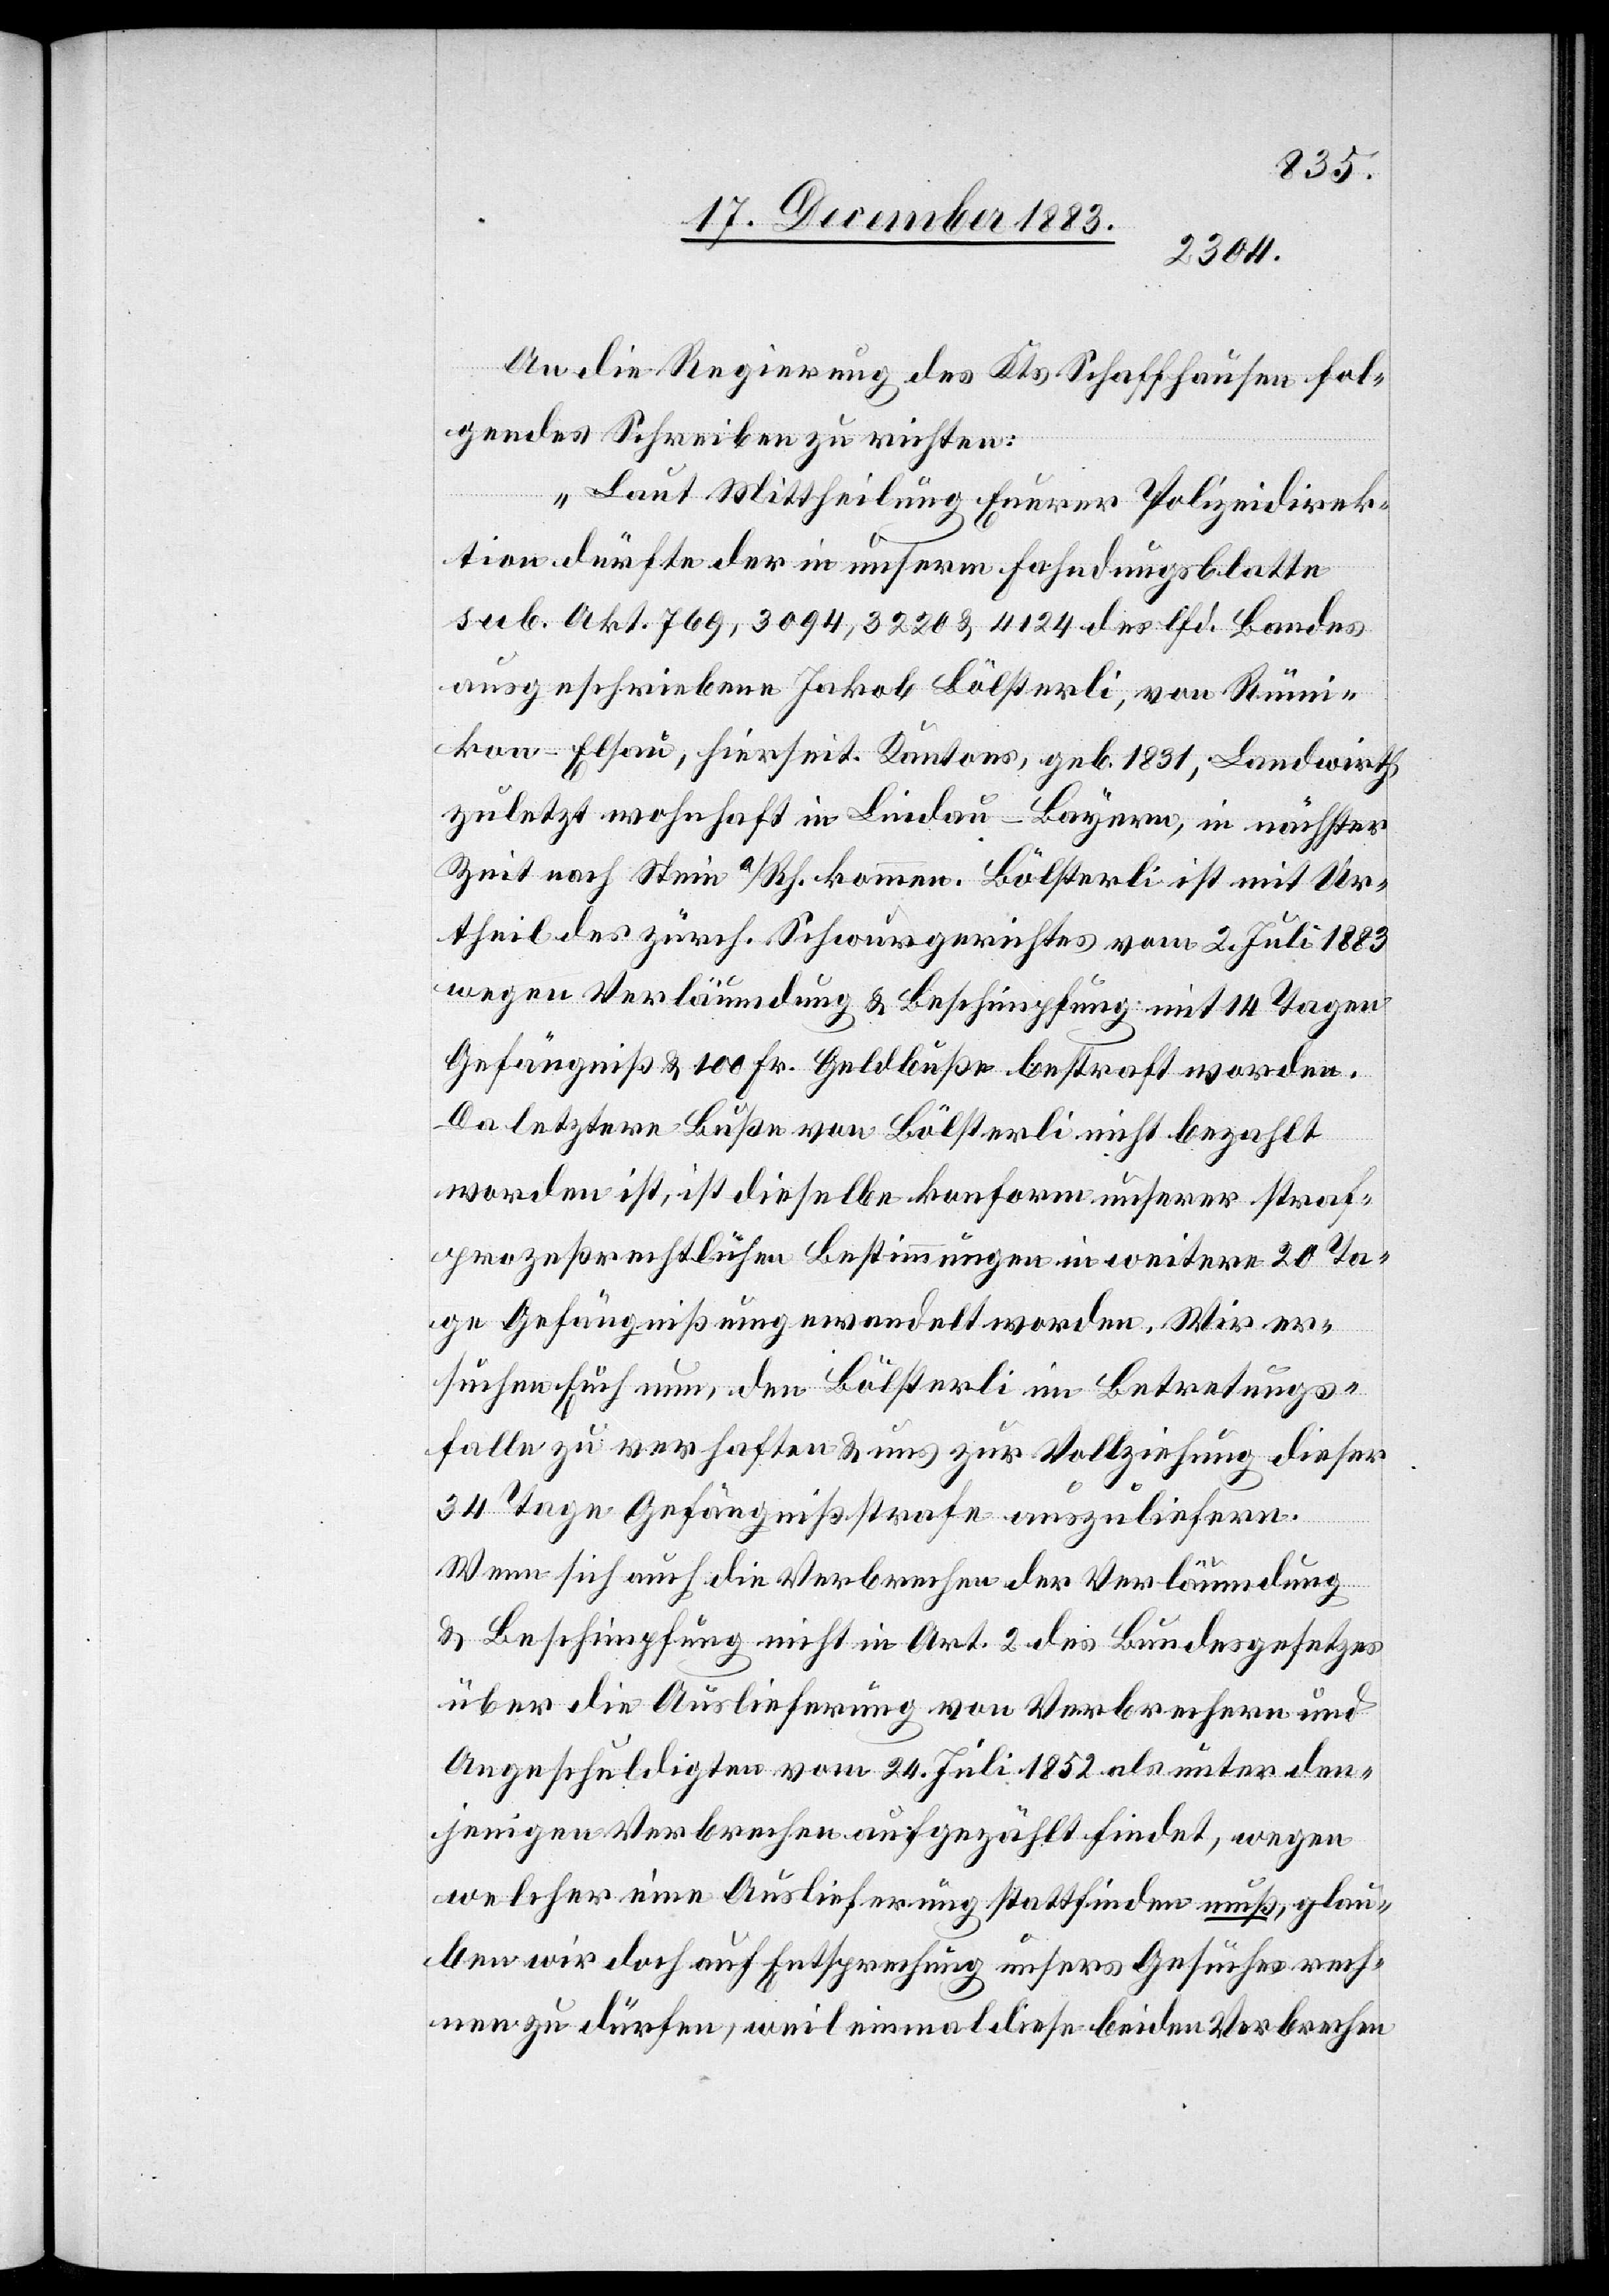
An die Regierung des Kts. Schaffhausen fol¬
gendes Schreiben zu richten:
„Laut Mittheilung Euerer Polizeidirek¬
tion dürfte der in unserm Fahndungsblatte
sub. Akt. 769, 3094, 3220 & 4124 des lfd. Bandes
ausgeschriebene Jakob Bölsterli, von Rümi¬
kon - Elsau, hierseit. Kantons, geb. 1831, Landwirth
zuletzt wohnhaft in Lindau - Bayern, in nächster
Zeit nach Stein a/Rh. kommen. Bölsterli ist mit Ur¬
theil des zürch. Schwurgerichtes vom 2. Juli 1883
wegen Verläumdung & Beschimpfung mit 14 Tagen
Gefängniß & 100 Fr. Geldbuße bestraft worden.
Da letztere Buße von Bölsterli nicht bezahlt
worden ist, ist dieselbe konform unserer straf¬
prozeßrechtlichen Bestimmungen in weitere 20 Ta¬
ge Gefängniß umgewandelt worden. Wir er¬
suchen Euch nun, den Bölsterli im Betretungs¬
falle zu verhaften & uns zur Vollziehung dieser
34 Tage Gefängnißstrafe auszuliefern.
Wenn sich auch die Verbrechen der Verläumdung
& Beschimpfung nicht in Art. 2 des Bundesgesetzes
über die Auslieferung von Verbrechern und
Angeschuldigten vom 24. Juli 1852 als unter den¬
jenigen Verbrechen aufgezählt findet, wegen
welcher eine Auslieferung stattfinden muß, glau¬
ben wir doch auf Entsprechung unsers Gesuches rech¬
nen zu dürfen, weil einmal diese beiden Verbrechen